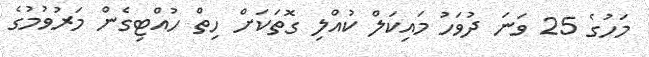
މަހުގެ 25 ވަނަ ދުވަހު މައިކަލް ކުއްލި ގޮތަކަށް ހިތް ހުއްޓިގެން މަރުވުމުގެ